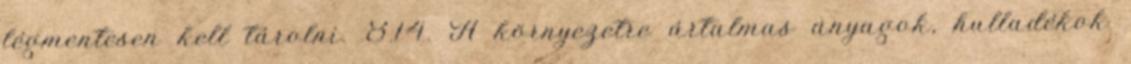
légmentesen kell tárolni. 8.14. A környezetre ártalmas anyagok, hulladékok